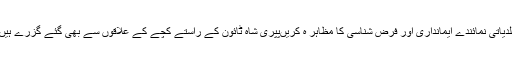
بلدیاتی نمائندے ایمانداری اور فرض شناسی کا مظاہر ہ کریںپپری شاہ ٹائون کے راستے کچے کے علاقوں سے بھی گئے گزرے ہیں۔